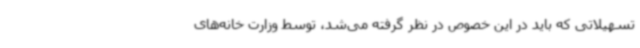
تسهیلاتی که باید در این خصوص در نظر گرفته می‌شد، توسط وزارت خانه‌های